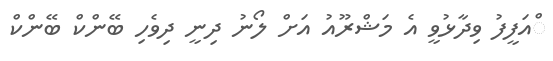
ްއަފީފު ވިދާޅުވީ އެ މަޝްރޫއު އަށް ލޯނު ދިނީ ދިވެހި ބޭންކް ބޭންކް